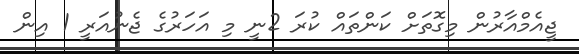
ޖީއެމްއާރުން މިގޮތަށް ކަންތައް ކުރަ 2ނީ މި އަހަރުގެ ޖެނުއަރީ 1 އިން